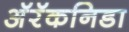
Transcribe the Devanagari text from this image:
अॅरॅकनिडा